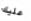
عليك